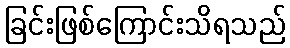
ခြင်းဖြစ်ကြောင်းသိရသည်